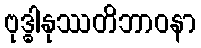
ဗုဒ္ဓါနုဿတိဘာဝနာ